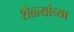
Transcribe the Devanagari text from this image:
शेळ्यांच्या